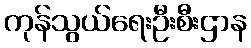
ကုန်သွယ်ရေးဦးစီးဌာန